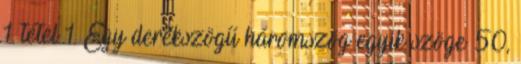
1. tétel 1. Egy derékszögű háromszög egyik szöge 50,